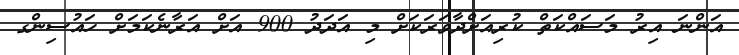
އަންނަ އިރު މަސައްކަތް ކުރިއަށްދާވަރަކަށް މި އަދަދު 900 އަށް އަރާނެކަމަށް ހައުސިންގ